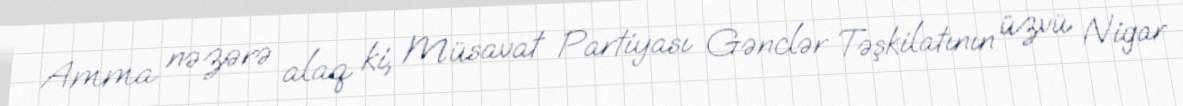
Amma nəzərə alaq ki, Müsavat Partiyası Gənclər Təşkilatının üzvü Nigar